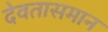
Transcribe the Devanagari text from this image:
देवतासमान